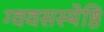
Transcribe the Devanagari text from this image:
ग्ववसस्येष्ठि